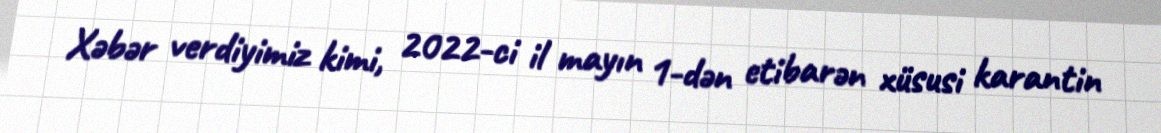
Xəbər verdiyimiz kimi, 2022-ci il mayın 1-dən etibarən xüsusi karantin